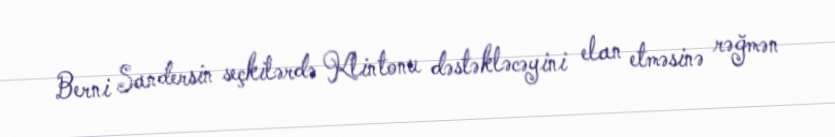
Berni Sandersin seçkilərdə Klintonu dəstəkləcəyini elan etməsinə rəğmən